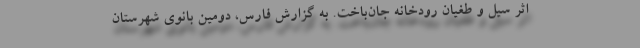
اثر سیل و طغیان رودخانه جان‌باخت. به گزارش فارس، دومین بانوی شهرستان